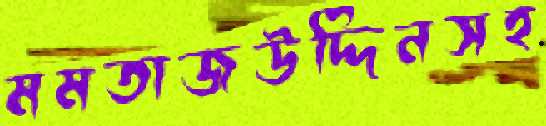
মমতাজউদ্দিনসহ